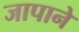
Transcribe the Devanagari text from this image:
जापाने